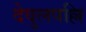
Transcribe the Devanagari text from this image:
देवुलपल्लि